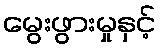
မွေးဖွားမှုနှင့်